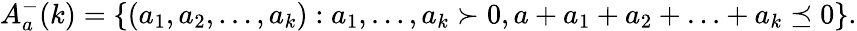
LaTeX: A_{a}^{-}(k)=\{ (a_{1},a_{2},\ldots,a_{k}):a_{1},\ldots,a_{k}\succ 0,a+a_{1}+a_{2}+\ldots+a_{k}\preceq 0\} .